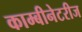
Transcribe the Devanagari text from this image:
काम्बीनेटरीज